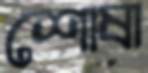
শোষা